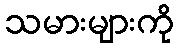
သမားများကို